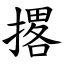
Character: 撂